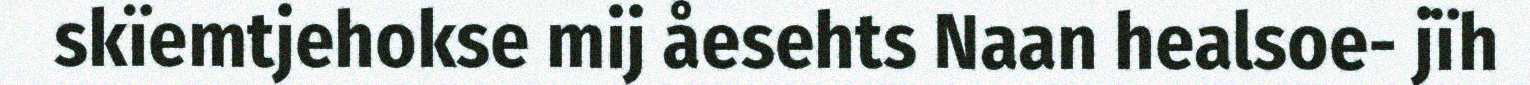
skïemtjehokse mij åesehts Naan healsoe- jïh